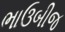
ભાઉબીજ